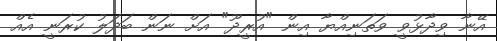
އޭނާ ވިދާޅުވީ ވަތަނިއްޔާ އިން "އުރީދޫ" އަށް ނަން ބަދަލު ކުރަނީ އެއް